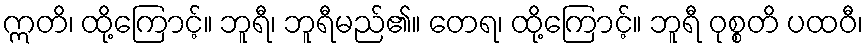
ဣတိ၊ ထို့ကြောင့်။ ဘူရီ၊ ဘူရီမည်၏။ တေရ၊ ထို့ကြောင့်။ ဘူရီ ဝုစ္စတိ ပထဝီ၊